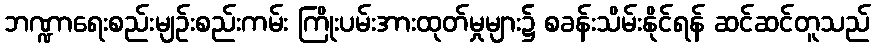
ဘဏ္ဍာရေးစည်းမျဉ်းစည်းကမ်း ကြိုးပမ်းအားထုတ်မှုများ၌ စခန်းသိမ်းနိုင်ရန် ဆင်ဆင်တူသည်